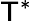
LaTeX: \mathsf{T}^{*}